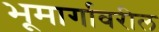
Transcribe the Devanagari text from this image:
भूमार्गावरील